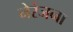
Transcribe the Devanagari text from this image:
नेरंजना